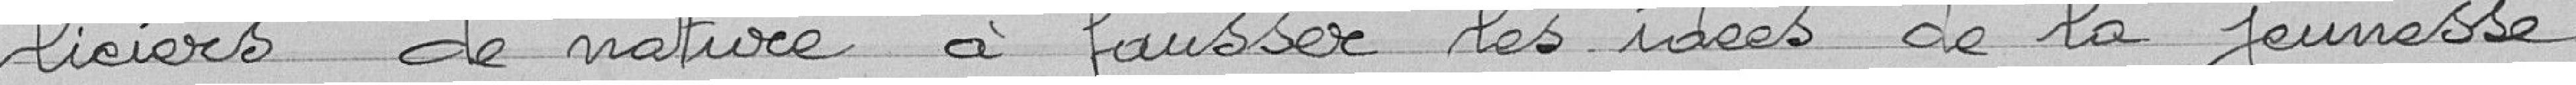
liciers de nature à fausser les idées de la jeunesse.